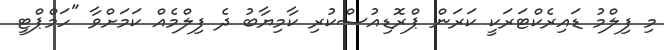
މި ފިލްމު ޑައިރެކްޓަރަކީ ކަރަން ޕްރޮޑިއުސްކުރި ކާމިޔާބު ދެ ފިލްމެއް ކަމަށްވާ "ހަމްޕްޓީ